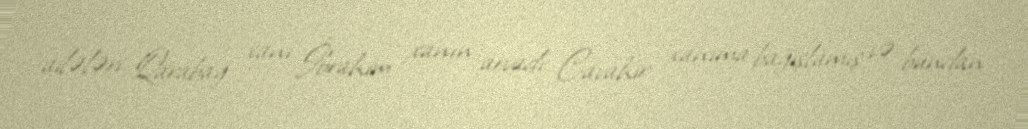
ailələri Qarabağ xanı İbrahim xanın arvadı Cavahir xanıma bağışlamış və bundan